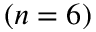
( n = 6 )